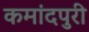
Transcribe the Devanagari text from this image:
कमांदपुरी